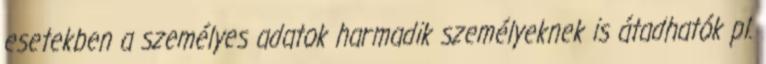
esetekben a személyes adatok harmadik személyeknek is átadhatók pl.